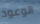
الوعود